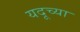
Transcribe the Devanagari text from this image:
यदूच्या